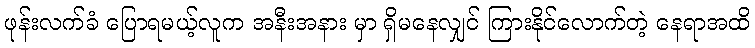
ဖုန်းလက်ခံ ပြောရမယ့်လူက အနီးအနား မှာ ရှိမနေလျှင် ကြားနိုင်လောက်တဲ့ နေရာအထိ